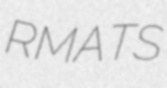
RMATS